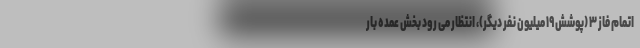
اتمام فاز ۳ (پوشش ۱۹ میلیون نفر دیگر)، انتظار می رود بخش عمده بار